Civil Veterinary Dept. North-West Frontier Province 1933-46 - 1933-1946
Year: 1933
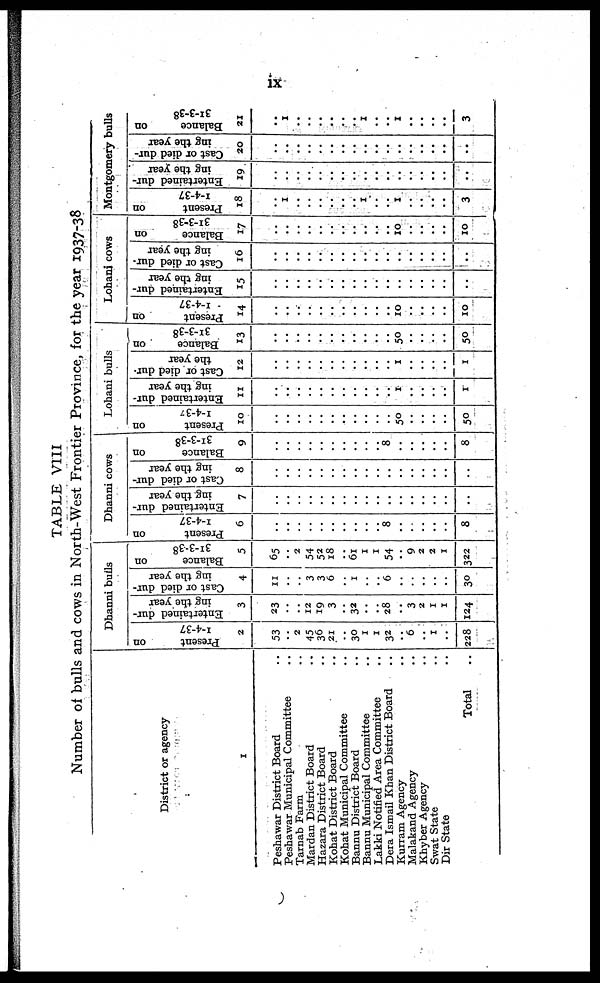
ix
TABLE VIII
Number of bulls and cows in North-West Frontier Province, for the year 1937-38
District or agency
1
Peshawar District Board ..
Peshawar Municipal Committee ..
Tarnab Farm ..
Mardan District Board ..
Hazara District Board ..
Kohat District Board ..
Kohat Municipal Committee ..
Bannu District Board ..
Bannu Municipal Committee ..
Lakki Notified Area Committee ..
Dera Ismail Khan District Board ..
Kurram Agency ..
Malakand Agency ..
Khyber Agency ..
Swat State ..
Dir State ..
Total ..
Dhanni bulls
Present
on
1-4-37
2
53
..
2
45
36
21
..
30
1
1
32
..
6
..
1
..
228
Entertained dur-
ing the year
3
23
..
.. 12
19
3
..
32
..
.. 28
..
3
2
1
1
124
Cast or died dur-
ing the year
4
11
..
..
3
3
6
..
1
..
..
6
..
..
..
..
..
30
Balance
on
31-3-38
5
65
..
2
54
52
18
..
61
1
1
54
..
9
2
2
1
322
Dhanni cows
Present
on
1-4-37
6
..
..
..
..
..
..
..
..
..
..
8
..
..
..
..
..
8
Entertained dur-
ing the year
7
..
..
..
..
..
..
..
..
..
..
..
..
..
..
..
..
..
Cast or died dur-
ing the year
8
..
..
..
..
..
..
..
..
..
..
..
..
..
..
..
..
..
Balance
on
31-3-38
9
..
..
..
..
..
..
..
..
..
..
8
..
..
..
..
..
8
Lohani bulls
Present
on
1-4-37
10
..
..
..
..
..
..
..
..
..
..
..
50
..
..
..
..
50
Entertained dur-
ing the year
11
..
..
..
..
..
..
..
..
..
..
..
1
..
..
..
..
1
Cast or died dur-
the year
12
..
..
..
..
..
..
..
..
..
..
..
1
..
..
..
..
1
Balance
on
31-3-38
13
..
..
..
..
..
..
..
..
..
..
..
50
..
..
..
..
50
Lohani cows
Present
on
1-4-37
14
..
..
..
..
..
..
..
..
..
..
..
10
..
..
..
..
10
Entertained dur-
ing the year
15
..
..
..
..
..
..
..
..
..
..
..
..
..
..
..
..
..
Cast or died dur-
ing the year
16
..
..
..
..
..
..
..
..
..
..
..
..
..
..
..
..
..
Balance
on
31-3-38
17
..
..
..
..
..
..
..
..
..
..
..
10
..
..
..
..
10
Montgomery bulls
Present
on
1-4-37
18
..
1
..
..
..
..
..
..
1
..
..
1
..
..
..
..
3
Entertained dur-
ing the year
19
..
..
..
..
..
..
..
..
..
..
..
..
..
..
..
..
..
Cast or died dur-
ing the year
20
..
..
..
..
..
..
..
..
..
..
..
..
..
..
..
..
..
Balance
on
31-3-38
21
..
1
..
..
..
..
..
..
1
..
..
1
..
..
..
..
3